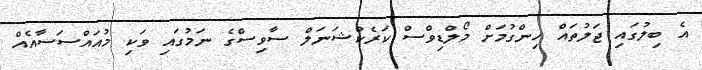
އެ ބިލުގައި ޖަލުތައް ހިންގުމަށް މޯލްޑިވްސް ކަރެކްޝަނަލް ސާވިސްގެ ނަމުގައި ވަކި މުއައްސަސާއެއް